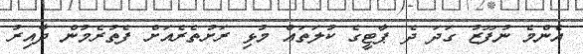
އެންމެ ނުފޫޒު ގަދަ ދެ ޕާޓީގެ ކުލަތައް މުޅި ރަށުތެރެއަށް ފެތުރެމުން ދާއިރު